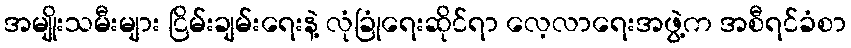
အမျိုးသမီးများ ငြိမ်းချမ်းရေးနဲ့ လုံခြုံရေးဆိုင်ရာ လေ့လာရေးအဖွဲ့က အစီရင်ခံစာ